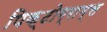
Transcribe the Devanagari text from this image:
पिक्टोग्राम्स